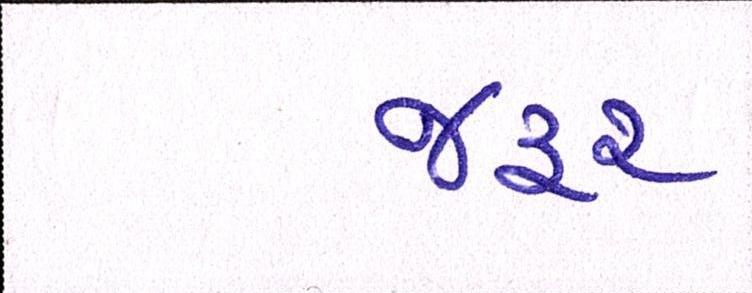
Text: જરૃર